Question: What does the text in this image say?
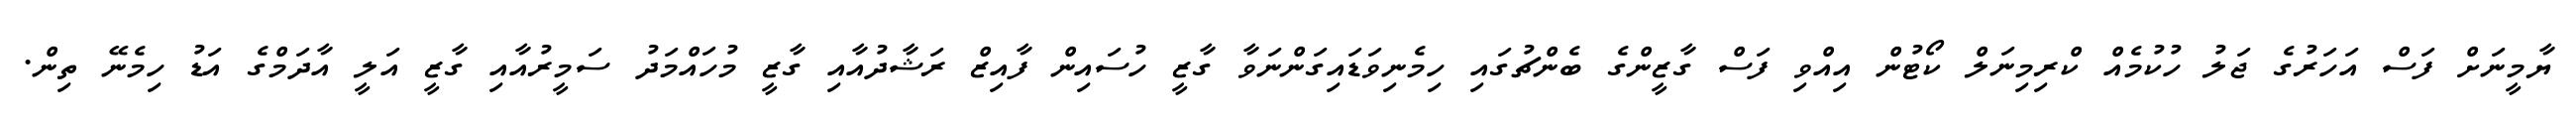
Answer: ޔާމީނަށް ފަސް އަހަރުގެ ޖަލު ހުކުމެއް ކްރިމިނަލް ކޯޓުން އިއްވި ފަސް ގާޒީންގެ ބެންޗުގައި ހިމެނިވަޑައިގަންނަވާ ގާޒީ ހުސައިން ފާއިޒް ރަޝާދުއާއި ގާޒީ މުހައްމަދު ސަމީރުއާއި ގާޒީ އަލީ އާދަމްގެ އަޑު ހިމެނޭ ތިން.